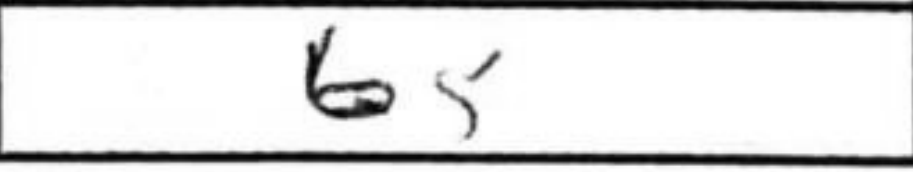
Transcription: b5